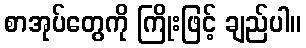
စာအုပ်တွေကို ကြိုးဖြင့် ချည်ပါ။